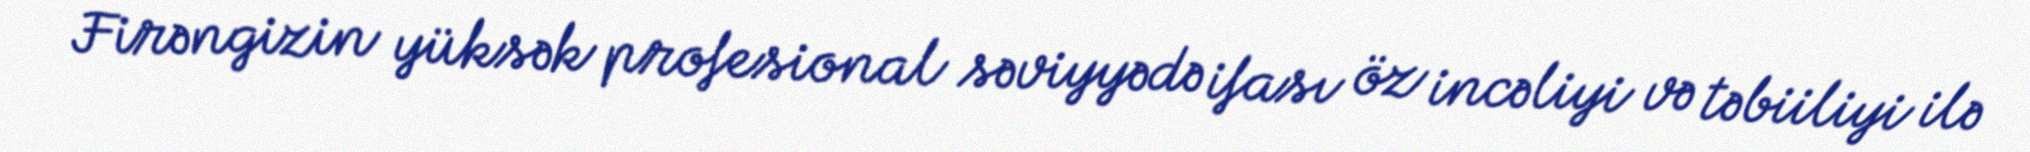
Firəngizin yüksək profesional səviyyədə ifası öz incəliyi və təbiiliyi ilə